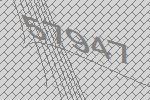
57947